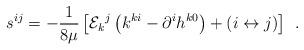
LaTeX: \begin{align*}s^{ij}=-\frac 1{8\mu }\left[ {\cal E}_k{}^j\left( k^{ki}-\partial^ih^{k0}\right) +\left( i\leftrightarrow j\right) \right] \;\,. \end{align*}